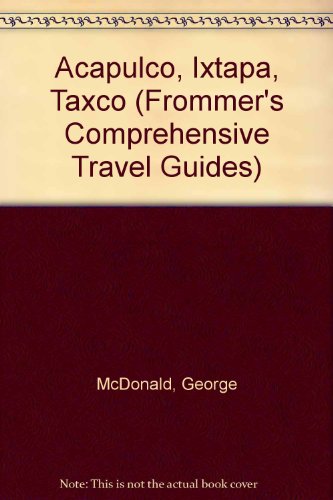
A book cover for Frommer's Comprehensive Travel Guide: Acapulco, Ixtapa & Taxco (Frommer's Comprehensive Travel Guides); Marita Adair; Travel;